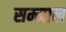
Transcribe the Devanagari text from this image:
सम्माल